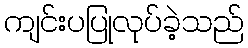
ကျင်းပပြုလုပ်ခဲ့သည်